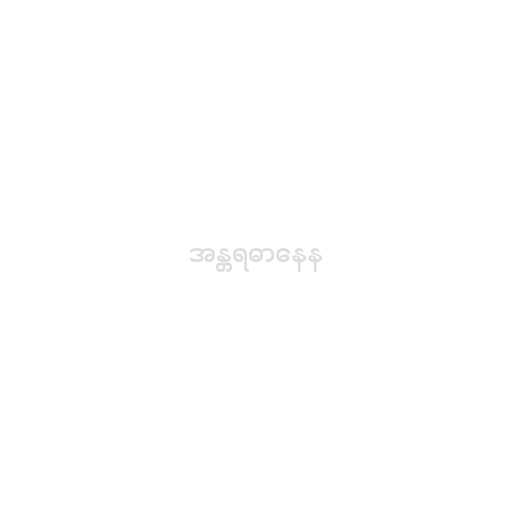
အန္တရဓာနေန